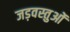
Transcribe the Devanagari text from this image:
जड़वस्तुओं